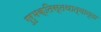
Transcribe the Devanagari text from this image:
गुरुभक्तिस्तथात्यान्ता